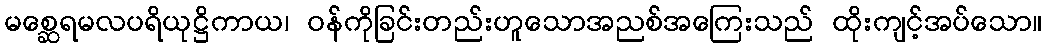
မစ္ဆေရမလပရိယုဋ္ဌိကာယ၊ ဝန်ကိုခြင်းတည်းဟူသောအညစ်အကြေးသည် ထိုးကျင့်အပ်သော။